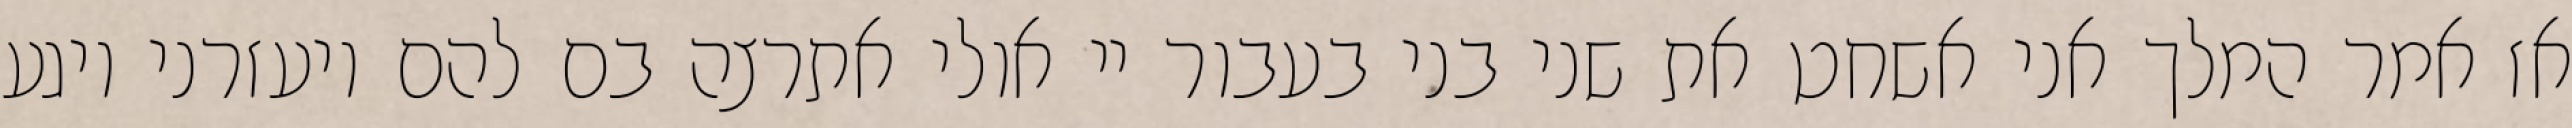
אז אמר המלך אני אשחט את שני בני בעבור יי אולי אתרצה בם להם ויעזרני ויגע